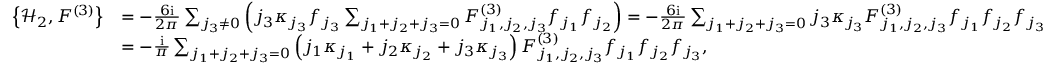
\begin{array} { r l } { \left\{ \mathcal { H } _ { 2 } , F ^ { ( 3 ) } \right\} } & { = - \frac { 6 \mathrm { i } } { 2 \pi } \sum _ { j _ { 3 } \ne 0 } \left( j _ { 3 } \kappa _ { j _ { 3 } } f _ { j _ { 3 } } \sum _ { j _ { 1 } + j _ { 2 } + j _ { 3 } = 0 } F _ { j _ { 1 } , j _ { 2 } , j _ { 3 } } ^ { ( 3 ) } f _ { j _ { 1 } } f _ { j _ { 2 } } \right) = - \frac { 6 \mathrm { i } } { 2 \pi } \sum _ { j _ { 1 } + j _ { 2 } + j _ { 3 } = 0 } j _ { 3 } \kappa _ { j _ { 3 } } F _ { j _ { 1 } , j _ { 2 } , j _ { 3 } } ^ { ( 3 ) } f _ { j _ { 1 } } f _ { j _ { 2 } } f _ { j _ { 3 } } } \\ & { = - \frac { \mathrm { i } } { \pi } \sum _ { j _ { 1 } + j _ { 2 } + j _ { 3 } = 0 } \left( j _ { 1 } \kappa _ { j _ { 1 } } + j _ { 2 } \kappa _ { j _ { 2 } } + j _ { 3 } \kappa _ { j _ { 3 } } \right) F _ { j _ { 1 } , j _ { 2 } , j _ { 3 } } ^ { ( 3 ) } f _ { j _ { 1 } } f _ { j _ { 2 } } f _ { j _ { 3 } } , } \end{array}